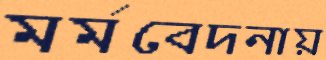
মর্মবেদনায়